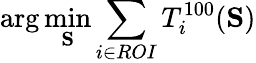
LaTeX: \arg\operatorname*{min}_{\mathbf{S}}\sum_{i\in ROI}T_{i}^{100}(\mathbf{S})